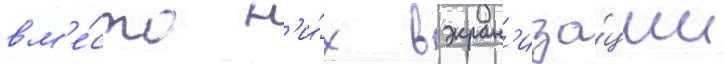
вм'е́сто н'и́х в экран'иза́ции